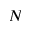
N